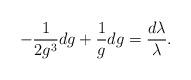
LaTeX: \begin{align*}-\frac{1}{2g^3}dg+\frac{1}{g}dg=\frac{d\lambda}{\lambda}.\end{align*}